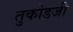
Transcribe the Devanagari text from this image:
तुकोडजी